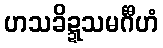
ဟသခိဍ္ဍသမင်္ဂီဟံ